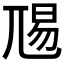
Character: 𭕏